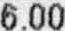
6.00